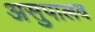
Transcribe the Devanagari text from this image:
असुपालव